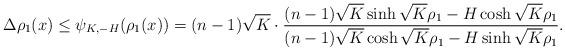
LaTeX: \begin{align*}\Delta \rho_1(x) \leq \psi_{K,-H} (\rho_1(x))= (n-1)\sqrt K\cdot\frac{(n-1)\sqrt K\sinh\sqrt K\rho_1 -H\cosh\sqrt K\rho_1}{(n-1)\sqrt K\cosh\sqrt K\rho_1 -H\sinh\sqrt K\rho_1}.\end{align*}